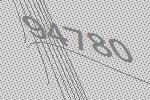
94780